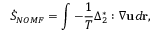
{ { \dot { S } } _ { N O M F } } = \int { - \frac { 1 } { T } { { \Delta } } _ { 2 } ^ { * } : \nabla { \bf { u } } d { \bf { r } } } ,